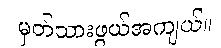
မှတ်သားဖွယ်အကျယ်။